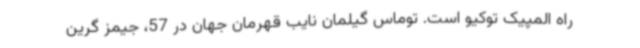
راه المپیک توکیو است. توماس گیلمان نایب قهرمان جهان در 57، جیمز گرین